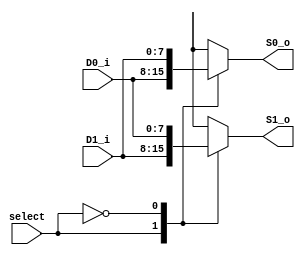
`timescale 1ns / 1ps
//////////////////////////////////////////////////////////////////////////////////
// Company: 
// Engineer: 
// 
// Design Name: 
// Module Name: MultiplexTxT
// Project Name: 
// Target Devices: 
// Tool Versions: 
// Description: 
// 
// Dependencies: 
// 
// Revision:
// Revision 0.01 - File Created
// Additional Comments:
// 
//////////////////////////////////////////////////////////////////////////////////


module MultiplexTxT
    # (parameter W = 8) //Ignore this value, just for reference on the instantiation
    (
    input wire select,
    input wire [W-1:0] D0_i,
    input wire [W-1:0] D1_i,
    output reg [W-1:0] S0_o,
    output reg [W-1:0] S1_o
    );
    
    always @(select, D0_i, D1_i)
        case(select) 
       1'b1: begin
            S0_o <= D0_i;
            S1_o <= D1_i;
        end
       
       1'b0: begin
            S0_o <= D1_i;
            S1_o <= D0_i;
        end
        endcase
endmodule